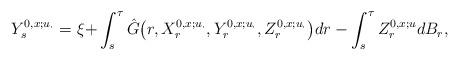
LaTeX: \begin{align*}Y_s^{0,x;u_{\cdot}} = \xi + & \int_s^{\tau} \hat{G}\bigl(r, X_r^{0,x;u_{\cdot}}, Y_r^{0,x;u_{\cdot}}, Z_r^{0,x;u_{\cdot}}\bigr) dr - \int_s^{\tau} Z_r^{0,x; u} dB_r, \end{align*}